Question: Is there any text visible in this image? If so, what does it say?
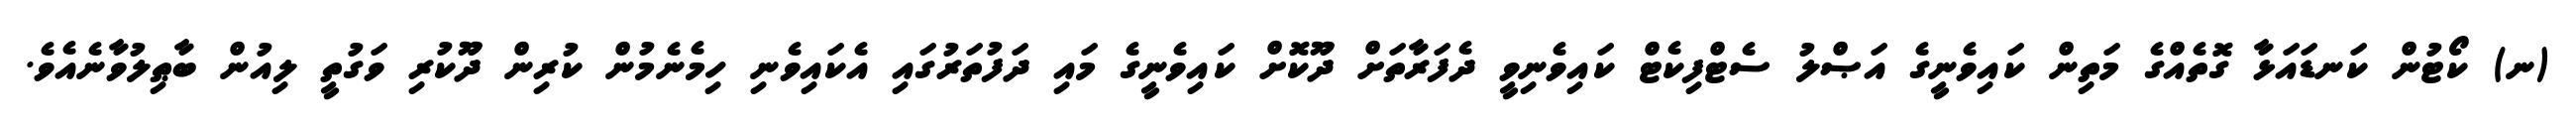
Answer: (ނ) ކޯޓުން ކަނޑައަޅާ ގޮތެއްގެ މަތިން ކައިވެނީގެ އަޞްލު ސެޓްފިކެޓް ކައިވެނިވީ ދެފަރާތަށް ދޫކޮށް ކައިވެނީގެ މައި ދަފުތަރުގައި އެކައިވެނި ހިމެނެމުން ކުރިން ދޫކުރި ވަގުތީ ލިއުން ބާޠިލުވާނެއެވެ.